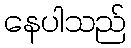
နေပါသည်